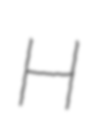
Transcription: H